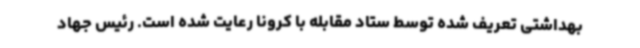
بهداشتی تعریف شده توسط ستاد مقابله با کرونا رعایت شده است. رئیس جهاد